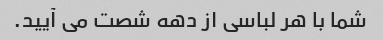
شما با هر لباسی از دهه شصت می آیید.